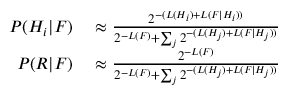
\begin{array} { r l } { P ( H _ { i } | F ) } & { { } \approx { \frac { 2 ^ { - ( L ( H _ { i } ) + L ( F | H _ { i } ) ) } } { 2 ^ { - L ( F ) } + \sum _ { j } { 2 ^ { - ( L ( H _ { j } ) + L ( F | H _ { j } ) ) } } } } } \\ { P ( R | F ) } & { { } \approx { \frac { 2 ^ { - L ( F ) } } { 2 ^ { - L ( F ) } + \sum _ { j } { 2 ^ { - ( L ( H _ { j } ) + L ( F | H _ { j } ) ) } } } } } \end{array}